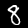
Digit: 8